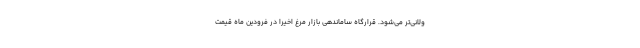
ولانی‌تر می‌شود. قرارگاه ساماندهی بازار مرغ اخیراً در فرودین ماه قیمت